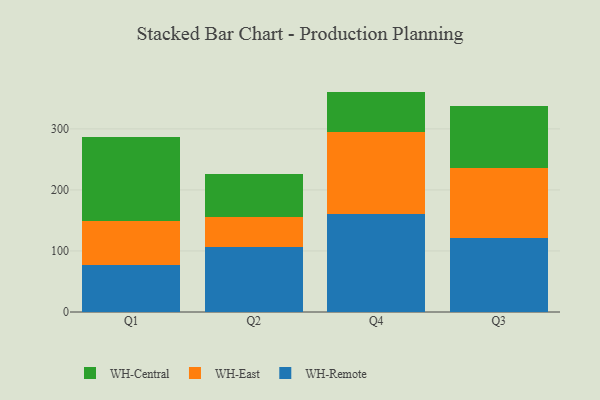
{"axis": {"x": "Quarter", "y": "Population (Million)"}, "legend": ["WH-Central", "WH-East", "WH-Remote"], "data": [{"x": "Q1", "y": 77.7, "type": "WH-Remote"}, {"x": "Q1", "y": 71.8, "type": "WH-East"}, {"x": "Q1", "y": 137.2, "type": "WH-Central"}, {"x": "Q2", "y": 106.6, "type": "WH-Remote"}, {"x": "Q2", "y": 49.5, "type": "WH-East"}, {"x": "Q2", "y": 69.4, "type": "WH-Central"}, {"x": "Q4", "y": 160.6, "type": "WH-Remote"}, {"x": "Q4", "y": 133.5, "type": "WH-East"}, {"x": "Q4", "y": 67.0, "type": "WH-Central"}, {"x": "Q3", "y": 120.7, "type": "WH-Remote"}, {"x": "Q3", "y": 114.5, "type": "WH-East"}, {"x": "Q3", "y": 102.9, "type": "WH-Central"}]}